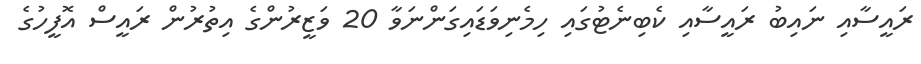
ރައީސާއި ނައިބު ރައީސާއި ކެބިނެޓުގައި ހިމެނިވަޑައިގަންނަވާ 20 ވަޒީރުންގެ އިތުރުން ރައީސް އޮފީހުގެ